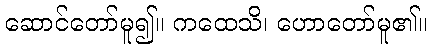
ဆောင်တော်မူ၍။ ကထေသိ၊ ဟောတော်မူ၏။